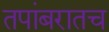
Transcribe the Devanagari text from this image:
तपांबरातच